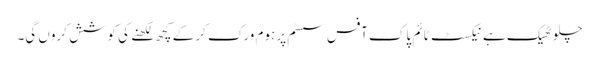
چلو ٹھیک ہے نیکسٹ ٹائم پاک آفس سسٹم پر ہوم ورک کر کے کچھ لکھنے کی کوشش کروں گی۔